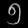
Digit: ၅